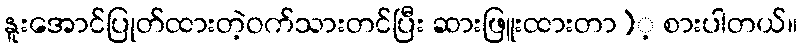
နူးအောင်ပြုတ်ထားတဲ့ဝက်သားတင်ပြီး ဆားဖြူးထားတာ)့ စားပါတယ်။